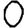
Digit: 0